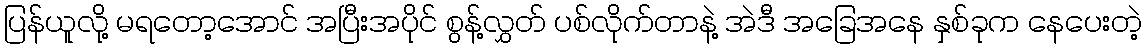
ပြန်ယူလို့ မရတော့အောင် အပြီးအပိုင် စွန့်လွှတ် ပစ်လိုက်တာနဲ့ အဲဒီ အခြေအနေ နှစ်ခုက နေပေးတဲ့